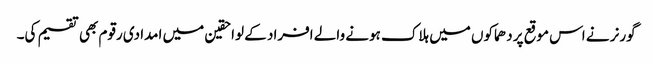
گورنر نے اس موقع پر دھماکوں میں ہلاک ہونے والے افراد کے لواحقین میں امدادی رقوم بھی تقسیم کی۔